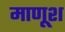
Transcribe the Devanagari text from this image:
माणूश